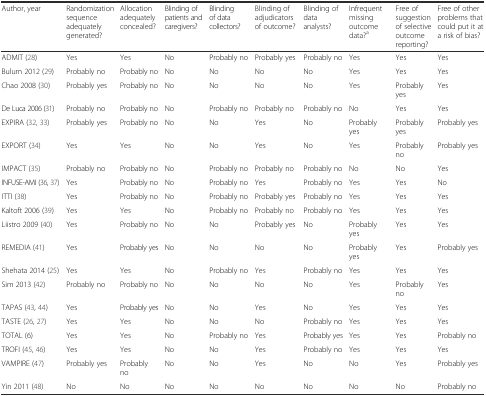
| Author, year | Randomization sequence adequately generated? | Allocation adequately concealed? | Blinding of patients and caregivers? | Blinding of data collectors? | Blinding of adjudicators of outcome? | Blinding of data analysts? | Infrequent missing outcome data?a | Free of suggestion of selective outcome reporting?﻿ | Free of other problems that could put it at a risk of bias? |
 | --- | --- | --- | --- | --- | --- | --- | --- | --- | --- |
 | ADMIT (28) | Yes | Yes | No | Probably no | Probably yes | Probably no | Yes | Yes | Yes |
 | Bulum 2012 (29) | Probably no | Probably no | No | No | No | No | Yes | Yes | Yes |
 | Chao 2008 (30) | Probably yes | Probably no | No | No | No | No | Yes | Probably yes | Yes |
 | De Luca 2006 (31) | Probably no | Probably no | No | Probably no | Probably no | Probably no | No | Yes | Yes |
 | EXPIRA (32, 33) | Probably yes | Probably no | No | No | Yes | No | Probably yes | Probably yes | Probably yes |
 | EXPORT (34) | Yes | Yes | No | No | Yes | No | Yes | Probably no | Probably yes |
 | IMPACT (35) | Probably no | Probably no | No | Probably no | Probably no | Probably no | No | No | Yes |
 | INFUSE-AMI (36, 37) | Yes | Probably no | No | Probably no | Yes | Probably no | Yes | Yes | No |
 | ITTI (38) | Yes | Probably no | No | Probably no | Probably yes | Probably no | Yes | Yes | Yes |
 | Kaltoft 2006 (39) | Yes | Yes | No | Probably no | Probably no | Probably no | Yes | Yes | Yes |
 | Liistro 2009 (40) | Yes | Probably no | No | No | Probably yes | No | Probably yes | Yes | Yes |
 | REMEDIA (41) | Yes | Probably yes | No | No | No | No | Probably yes | Yes | Probably yes |
 | Shehata 2014 (25) | Yes | Yes | No | Probably no | Yes | Probably no | Yes | Yes | Yes |
 | Sim 2013 (42) | Probably no | Probably no | No | No | No | No | Yes | Probably no | Yes |
 | TAPAS (43, 44) | Yes | Probably yes | No | No | Yes | No | Yes | Yes | Yes |
 | TASTE (26, 27) | Yes | Yes | No | No | No | Probably no | Yes | Yes | Yes |
 | TOTAL (6) | Yes | Yes | No | Probably no | Yes | Probably yes | Yes | Yes | Probably no |
 | TROFI (45, 46) | Yes | Yes | No | No | Yes | Probably no | Yes | Yes | Yes |
 | VAMPIRE (47) | Probably yes | Probably no | No | No | Yes | No | No | Yes | Probably yes |
 | Yin 2011 (48) | No | No | No | No | No | No | No | No | Probably no |